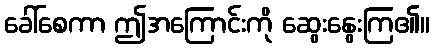
ခေါ်စေကာ ဤအကြောင်းကို ဆွေးနွေးကြ၏။